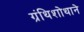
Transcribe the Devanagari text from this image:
ग्रंथिशोथाने